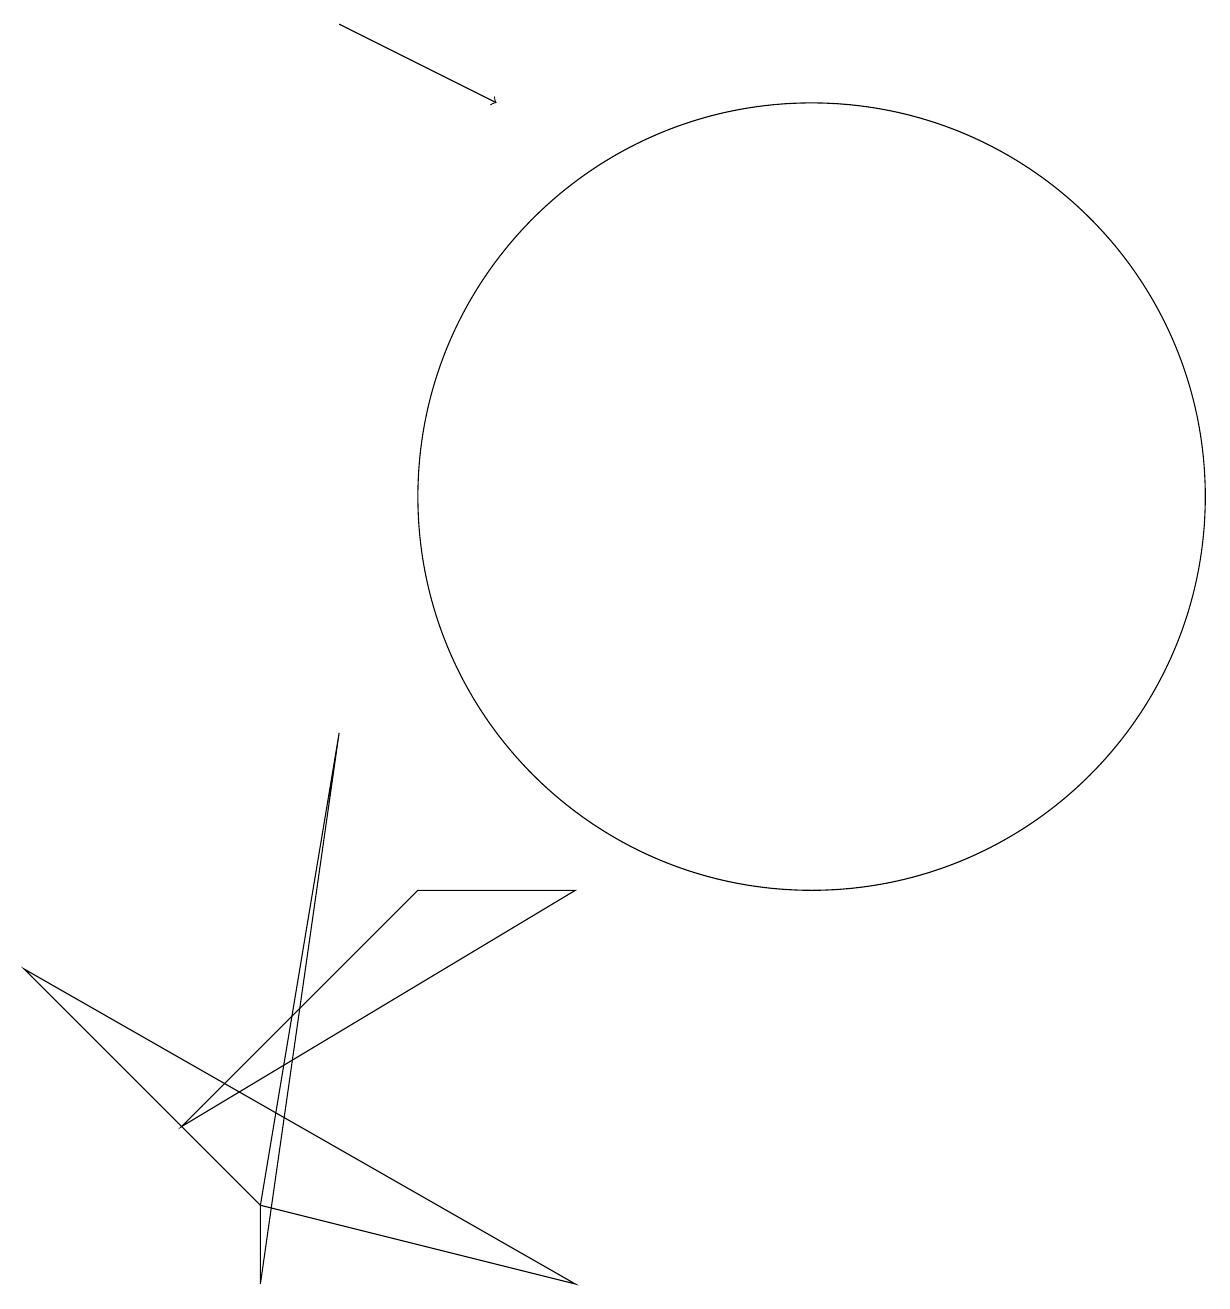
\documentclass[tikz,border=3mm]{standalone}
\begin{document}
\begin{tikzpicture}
\draw (3,1) -- (3,2) -- (4,8) -- cycle;
\draw (5,6) -- (7,6) -- (2,3) -- cycle;
\draw (0,5) -- (7,1) -- (3,2) -- cycle;
\draw[->] (4,17) -- (6,16);
\draw (10,11) circle (5);
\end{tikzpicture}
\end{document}